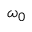
\omega _ { 0 }